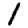
Digit: 1